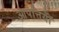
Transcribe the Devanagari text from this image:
आपत्तियॉँ